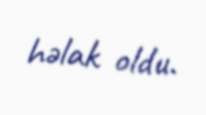
həlak oldu.